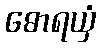
ဓောရယှံ